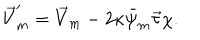
\vec { V } _ { m } ^ { \prime } = \vec { V } _ { m } - 2 \kappa \bar { \psi } _ { m } \vec { \tau } \chi .